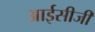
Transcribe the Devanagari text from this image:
आईसीजी